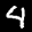
Digit: 4